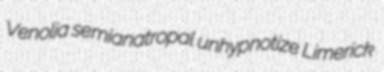
Venolia semianatropal unhypnotize Limerick